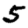
Digit: 5